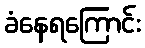
ခံနေရကြောင်း